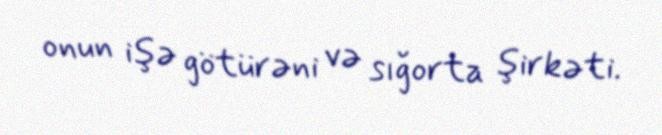
onun işə götürəni və sığorta şirkəti.